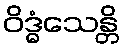
ဝိဒ္ဓံသေန္တိ